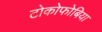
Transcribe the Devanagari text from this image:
टोकोफोबिया